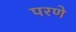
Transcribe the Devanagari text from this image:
परणे